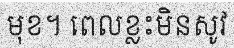
មុខ។ ពេលខ្លះមិនសូវ